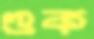
গুক